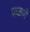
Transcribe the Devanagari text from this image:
फळणे